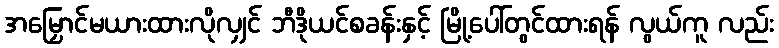
အမြှောင်မယားထားလိုလျှင် ဘီဒိုယင်စခန်းနှင့် မြို့ပေါ်တွင်ထားရန် လွယ်ကူ လည်း